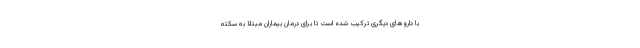
با داروهای دیگری ترکیب شده است تا برای درمان بیماران مبتلا به سکته